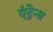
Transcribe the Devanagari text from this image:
एंट्रेन्स